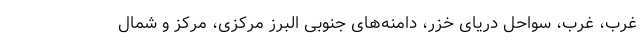
غرب، غرب، سواحل دریای خزر، دامنه‌های جنوبی البرز مرکزی، مرکز و شمال